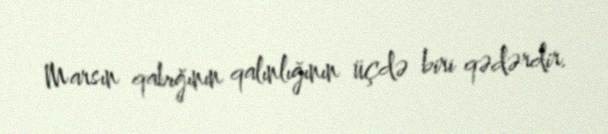
Marsın qabığının qalınlığının üçdə biri qədərdir.